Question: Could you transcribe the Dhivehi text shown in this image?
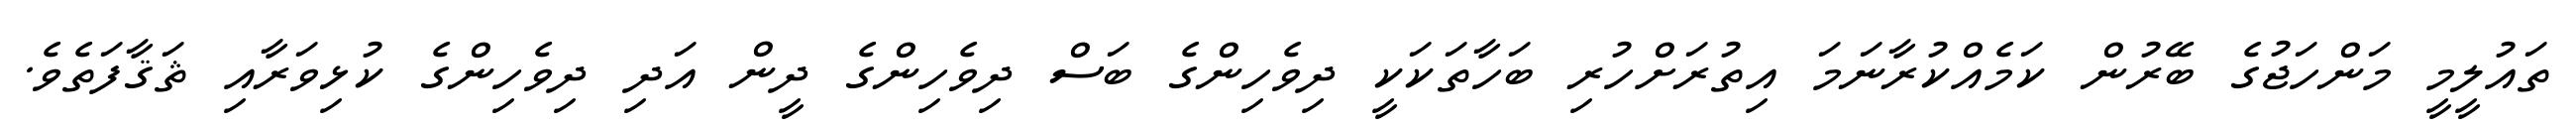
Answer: ތައުލީމީ މަންހަޖުގެ ބޭރުން ކަމެއްކުރާނަމަ އިތުރަށްހުރި ބަހާތަކަކީ ދިވެހިންގެ ބަސް ދިވެހިންގެ ދީން އަދި ދިވެހިންގެ ކުޅިވަރާއި ޘަޤާފަތެވެ.